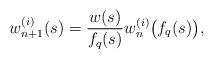
LaTeX: \begin{align*} w_{n+1}^{(i)}(s)={\frac{w(s)} {f_{q}(s)}}w_n^{(i)}\bigl({f_{q}(s)}\bigr),\end{align*}